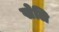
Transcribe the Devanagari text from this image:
खेलि